Annual report of the Civil Veterinary Department, Bengal, for the year 1897-98 - 1897-1898
Year: 1897
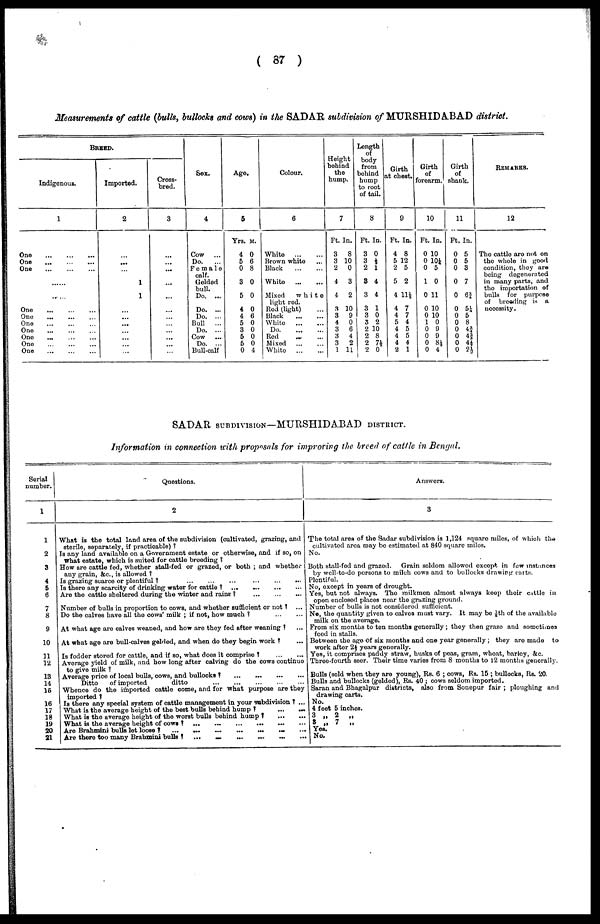
(87)
Measurements of cattle (bulls, bullocks and cows) in the SADAR subdivision of MURSHIDABAD district.
BREED.
Indigenous.
1
One
...
...
...
One
...
...
...
One
...
...
...
......
...
One
One
...
...
...
One
One
...
...
...
One
...
...
...
One
...
...
...
One
Imported.
2
...
...
...
1
1
...
Cross-
bred.
3
...
...
...
...
Sex.
4
Cow
...
Do.
...
Female
calf.
Golded
bull.
Do. ...
Do. ...
Do. ...
Bull
...
Do. ...
Cow
Do. ...
Bull-calf
Ago.
5
Yrs. m.
4 0
5 6
0 8
3 0
5 0
4 0
4 6
5 0
3 0
5 0
6 0
0 4
Colour.
6
White
...
...
Brown white ...
Black
...
...
White
...
...
Mixed
white
light red.
Red (light) ...
Black
...
...
White
...
...
Do.
...
...
Red ... ...
Mixed ... ...
White
...
...
Height
behind
the
bump.
7
Ft. In.
3
8
3 10
2
0
4
3
4
2
3 10
3
9
4
0
3
6
3
4
3
2
1 11
Length
of
body
from
behind
hump
to root
of tail.
8
Ft. In.
3 0
3 ½
2 1
3 4
3 4
3 1
3 0
3 2
2 10
2 8
2 7½
2 0
Girth
at chest.
9
Ft. In.
4 8
5 12
2 5
5 2
4 11½
4 7
4 7
5 4
4 5
4 5
4 4
2 1
Girth
of
forcarm.
10
Ft. In.
0 10
0 10½
0 5
1 0
0 11
0 10
0 10
1 0
0 0
0 9
0 8½
0 4
Girth
of
shank.
11
Ft. In.
0 5
0 5
0 3
0 7
0 6½
0 5½
0 5
0 8
0 43/4
0 4½
0 4ft
0 2½
REMARKS.
12
The cattle are not on
the whole in good
condition, they are
being degenerated
in many parts, and
the importation of
bulls for purpose
of breeding is a
necessity.
SADAR SUBDIVISION—MURSHIDABAD DISTRICT.
Information in connection with proposals for improving the breed of cattle in Bengal.
Serial
number.
1
1
2
3
4
5
Questions.
2
What is the total land area of the subdivision (cultivated, grazing, and
sterile, separately, if practicable) ?.
Is any land available on a Government estate or otherwise, and if so, on
what estate, which is suited for cattle breeding?
How are cattle fed, whether stall-fed or grazed, or both; and whether
any grain, &c., is allowed?
Is grazing scarce or
plentiful?
...
...
...
...
...
Is there any scarcity of drinking water for
cattle?
...
...
...
6
Are the cattle sheltered during the winter and rains?
...
...
7
8
9
10
11
12
13
14
16
16
17
18
19
20
21
Number of bulls in proportion to cows, and whether sufficient or not? ...
Do the calves have all the cows' milk; if not, how much? ... ...
At what age are calves weaned, and how are they fed after weaning? ...
At what age are bull-calves gelded, and when do they begin work?
...
Is fodder stored for cattle, and if so, what does it comprise? ... ...
...
Average yield of milk, and how long after calving do the cows continue
to give milk?
Average price of local bulls, cows, and bullocks?
...
...
...
...
Ditto
of imported
ditto
...
...
...
...
...
Whence do the imported cattle come, and for what purpose are they
imported?
Is there any special system of cattle management in your subdivision? ...
What is the average height of the best bulls behind hump? ... ...
...
What is the average height of the worst bulls behind hump? ... ...
...
What is the average height of cows?
...
...
...
...
...
Are Brahmini bulls lot
loose?
...
...
...
...
...
...
...
Are there too many Brahmini bulls?
... ... ... ... ... ...
...
Answers.
3
The total ares of the Sadar subdivision is 1,124 square miles, of which the
cultivated area may be estimated at 840 square miles.
No.
Both stall-fed and grazed.
Grain soldom allowed except in few instances
by well-to-do persons to milch cows and to bullocks drawing carts.
Plentiful.
No, except in years of drought.
Yes, but not always. The milkmen almost always keep their cattle in
open enclosed places near the grazing ground.
Number of bulls is not considered sufficient.
No, the quantity given to calvos must vary. It may be ½th of the available
milk on the average.
From six months to ten months generally; they then grazo and sometimes
feed in stalls.
Between the age of six months and one year generally; they are made to
work after 2½ years generally.
Yes, it comprises paddy straw, husks of peas, gram, wheat, barley, &c.
Three-fourth seer. Their time varies from 8 months to 12 months generelly.
Bulls (sold when they are young), Rs. 6; cows, Rs. 15; bullocks, Its. 20
Bulls and bullocks (gelded), Rs. 40; cows seldom imported.
Saran and Bhagalpur districts, also from Sonopur fair; ploughing and
drawing carts.
No.
4 feet 5 inches.
3 „ 2
„
3 „ 7 „
Yes.
No.